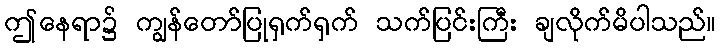
ဤနေရာ၌ ကျွန်တော်ပြုရှက်ရှက် သက်ပြင်းကြီး ချလိုက်မိပါသည်။